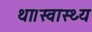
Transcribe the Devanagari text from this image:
था।स्वास्थ्य